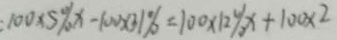
1 0 0 \times 5 \% x - 1 0 0 \times 3 1 \% = 1 0 0 \times 1 2 \% x + 1 0 0 \times 2